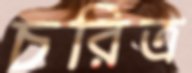
চরিত্র